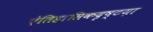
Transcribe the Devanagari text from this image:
ऐतिहासिकदृष्टय़ा